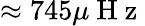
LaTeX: \approx 745\mu\mathrm{~H~z~}